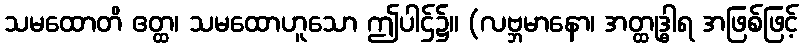
သမထောတိ ဧတ္ထ၊ သမထောဟူသော ဤပါဌ်၌။ (လဗ္ဘမာနော၊ အတ္ထုဒ္ဓါရ အဖြစ်ဖြင့်